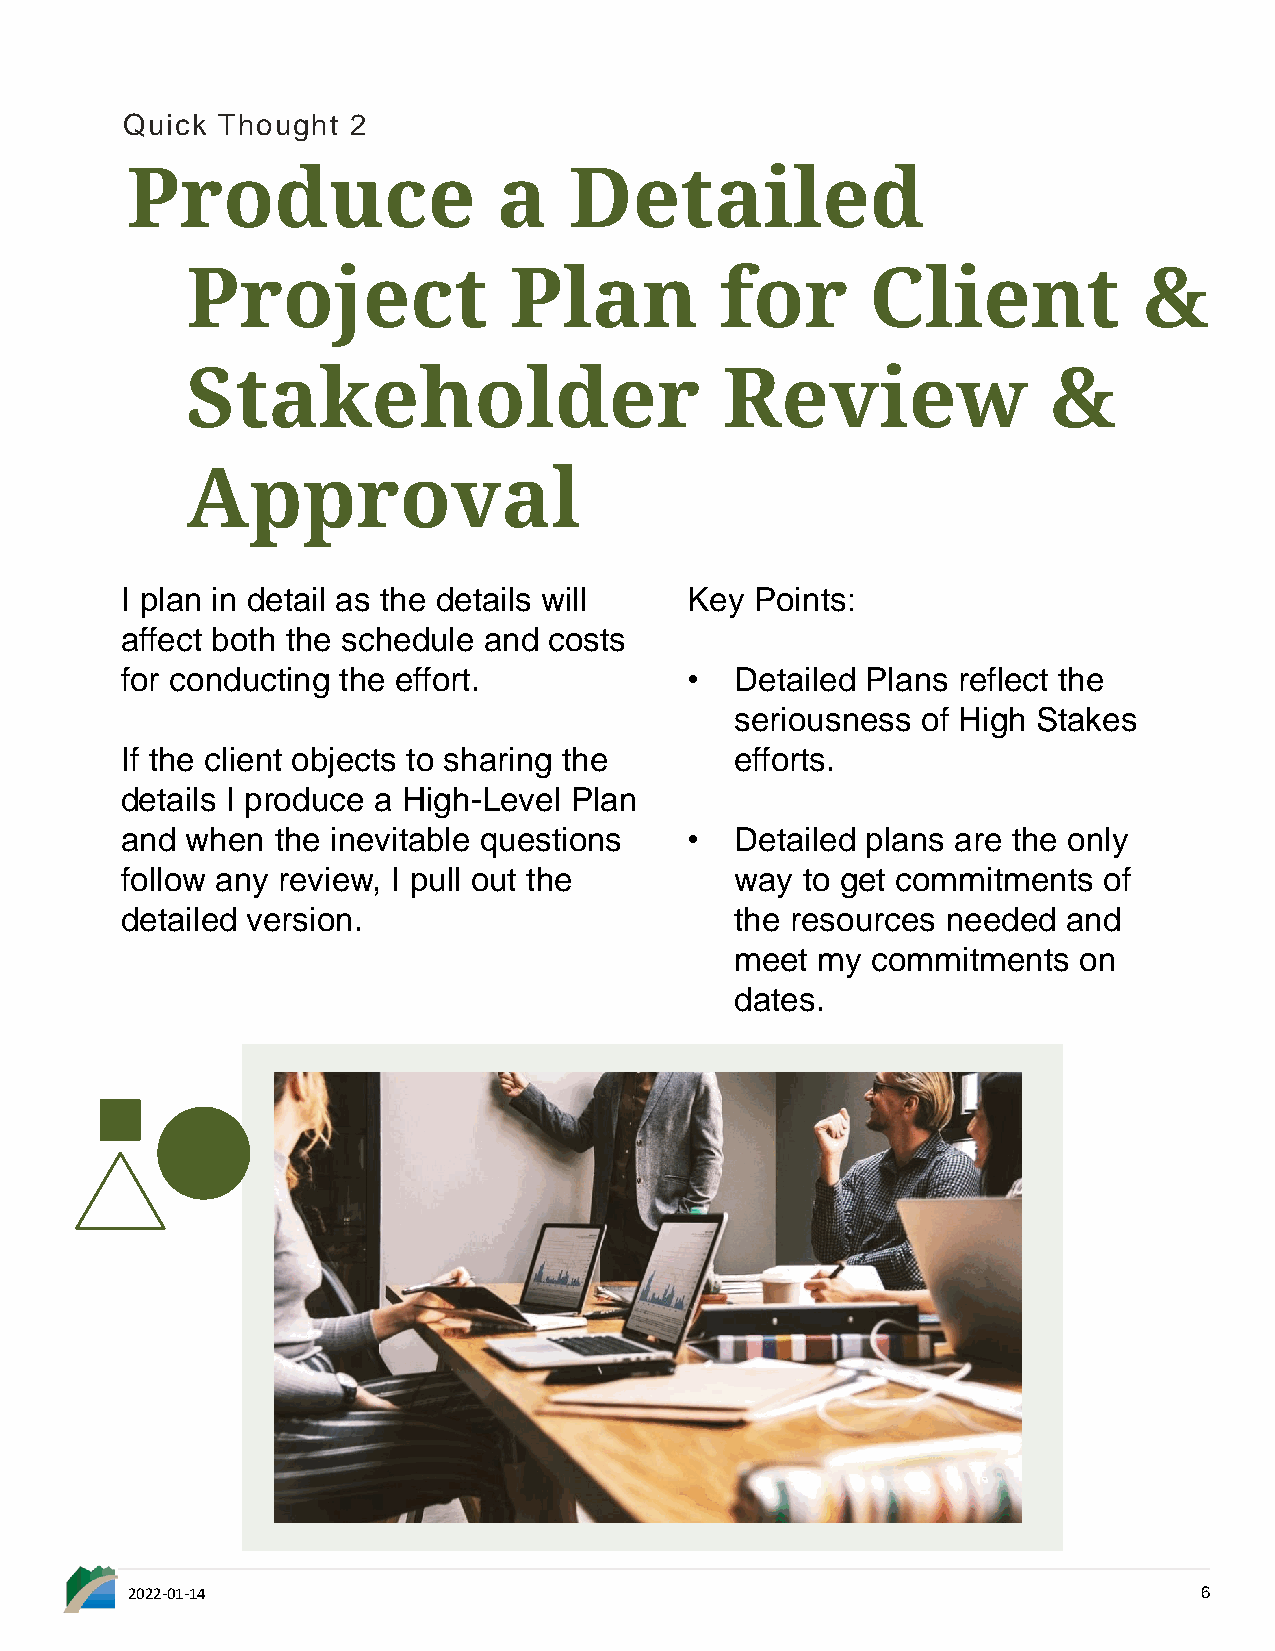
Quick Thought  2
 Produce                  a    Detailed
 Project               Plan          for       Client            &
 Stakeholder                         Review               &
 Approval
 I plan in detail as the details will Key  Points:
 affect both the schedule and costs
 for conducting the effort.           •   Detailed Plans reflect the
 seriousness of High Stakes
 If the client objects to sharing the     efforts.
 details I produce a High-Level Plan
 and when  the inevitable questions   •   Detailed plans are the only
 follow any review, I pull out the        way to get commitments  of
 detailed version.                        the resources needed  and
 meet my  commitments  on
 dates.
 2022-01-14                                                              6